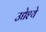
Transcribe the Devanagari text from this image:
उद्येश्ये